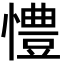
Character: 𢢪